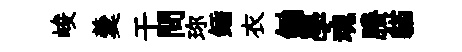
峻羹干問珎鍤衣鋤學魂賸貓